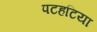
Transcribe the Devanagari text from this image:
पटहटिया